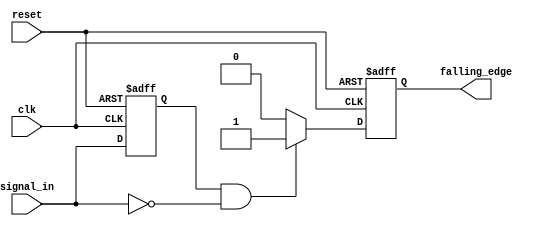
module falling_edge_detector (
    input wire clk,            // Clock signal
    input wire reset,          // Asynchronous reset signal
    input wire signal_in,      // Input signal to monitor
    output reg falling_edge    // Output signal indicating falling edge
);

    reg previous_state;        // Memory block to store the previous state of signal_in

    // Always block triggered on the rising edge of the clock or reset
    always @(posedge clk or posedge reset) begin
        if (reset) begin
            previous_state <= 1'b0; // Initialize previous state to 0 on reset
            falling_edge <= 1'b0;    // Initialize falling_edge output to 0
        end else begin
            // Falling edge detection logic
            falling_edge <= (previous_state == 1'b1 && signal_in == 1'b0) ? 1'b1 : 1'b0;
            previous_state <= signal_in; // Update previous state with current input
        end
    end

endmodule